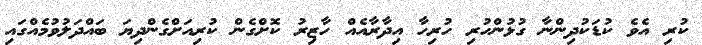
ކުރި އެވެ ކުޑަކުދިންނާ ގުޅުންހުރި ހުރިހާ އިދާރާއެއް ހާޒިރު ކޮށްގެން ކުރިއަށްގެންދިޔަ ބައްދަލުވުމެއްގައި